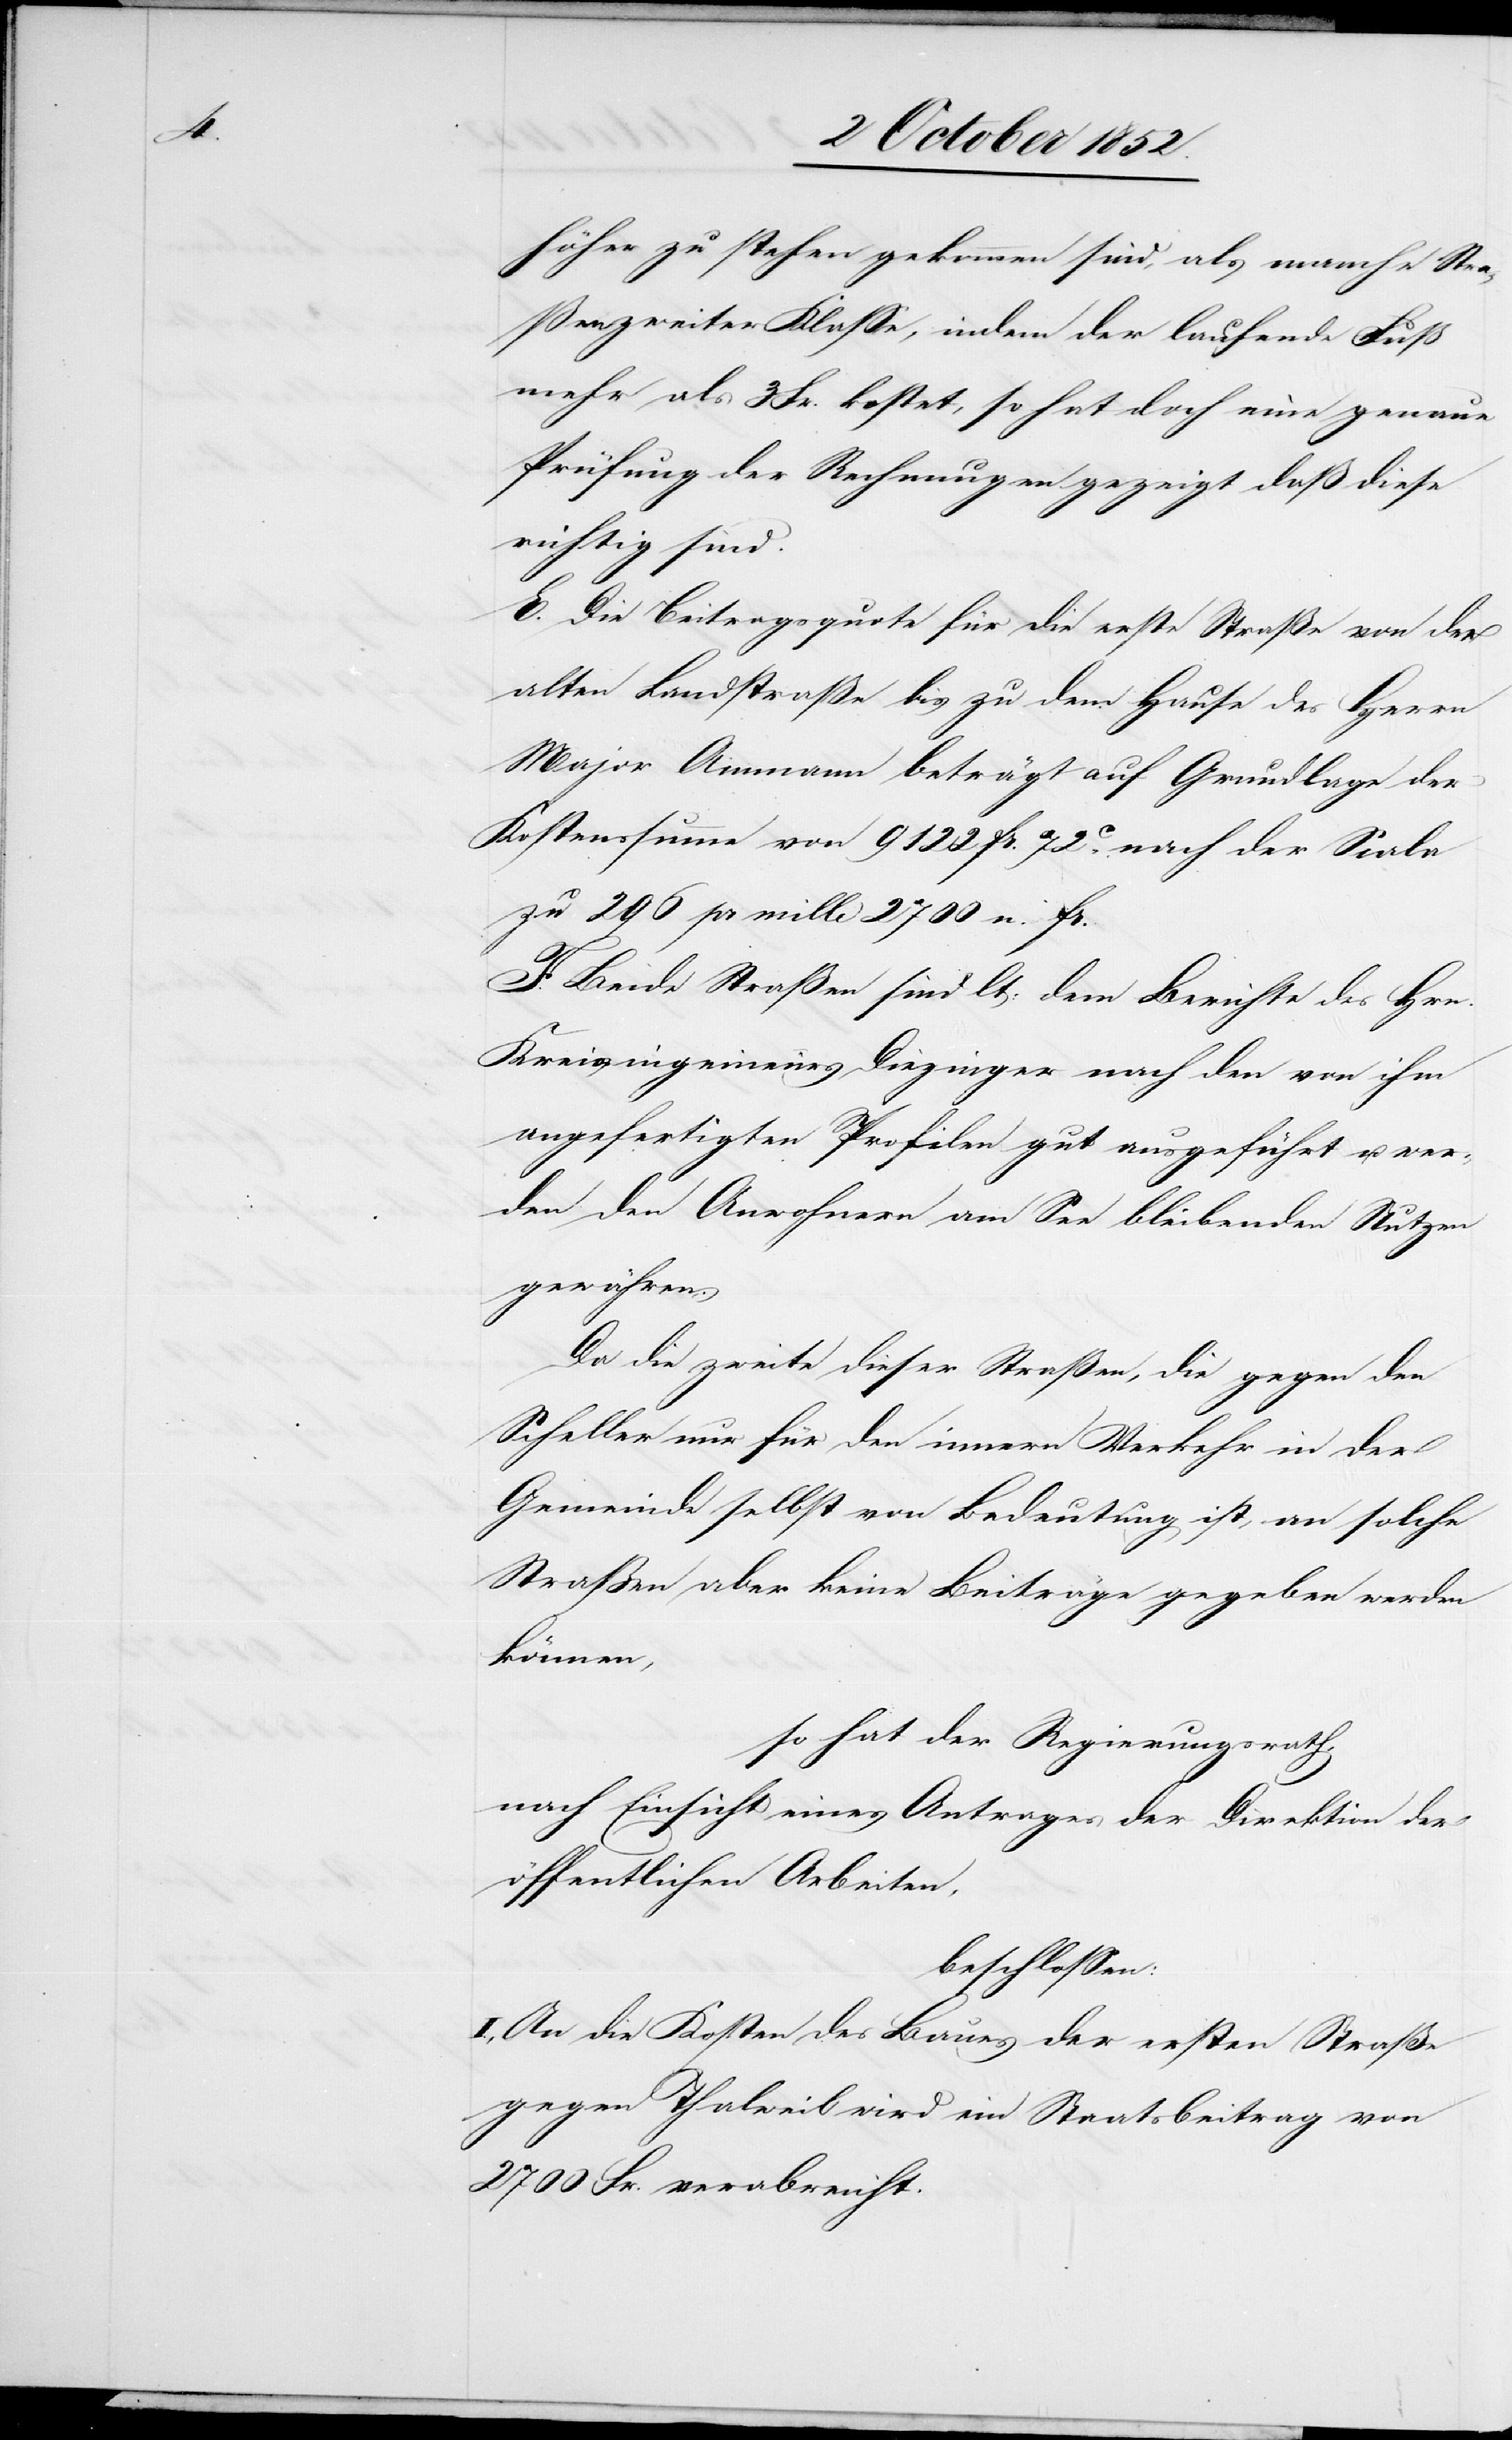
höher zu stehen gekommen sind, als manche Stra¬
ßen zweiter Klasse, indem der laufende Fuß
mehr als 3 Fr. kostet, so hat doch eine genaue
Prüfung der Rechnungen gezeigt, daß diese
richtig sind.
E. Die Beitragsquote für die erste Straße von der
alten Landstraße bis zu dem Hause des Herrn
Major Ammann beträgt auf Grundlage der
Kostenssumme von 9122 Fr. 72C. nach der Scala
zu 296 pr mille 2700 n. Fr.
F. Beide Straßen sind lt: dem Berichte des Hrn.
Kreisingenieurs Diezinger nach den von ihm
angefertigten Profilen gut ausgeführt u. wer¬
den den Anwohnern am See bleibenden Nutzen
gewähren.
Da die zweite dieser Straßen, die gegen den
Scheller nur für den innern Verkehr in der
Gemeinde selbst von Bedeutung ist, an solche
Straßen aber keine Beiträge gegeben werden
können,
so hat der Regierungsrath,
nach Einsicht eines Antrages der Direktion der
öffentlichen Arbeiten,
beschlossen:
I., An die Kosten des Baues der ersten Straße
gegen Thalweil wird ein Staatsbeitrag von
2700 Fr. verabreicht.